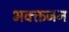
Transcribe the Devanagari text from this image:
भक्क्तजन